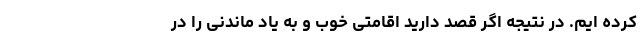
کرده ایم. در نتیجه اگر قصد دارید اقامتی خوب و به یاد ماندنی را در